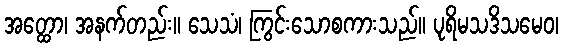
အတ္ထော၊ အနက်တည်း။ သေသံ၊ ကြွင်းသောစကားသည်။ ပုရိမသဒိသမေဝ၊